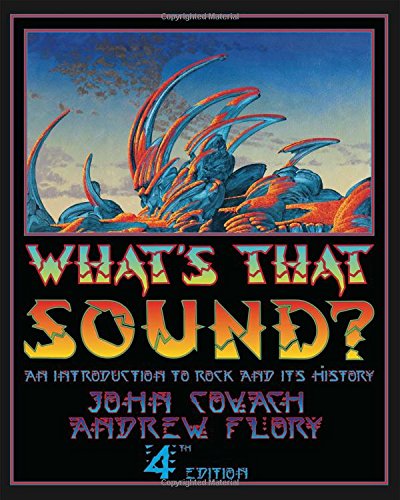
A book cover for What's That Sound?: An Introduction to Rock and Its History (Fourth Edition); John Covach; Humor & Entertainment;